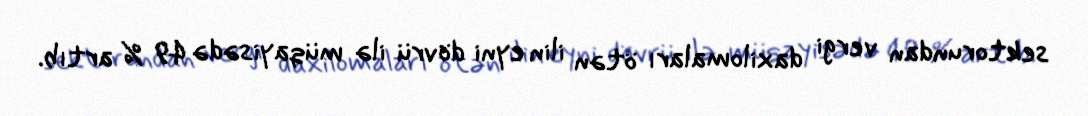
sektorundan vergi daxilomaları ötən ilin eyni dövrü ilə müqayisədə 49 % artıb.